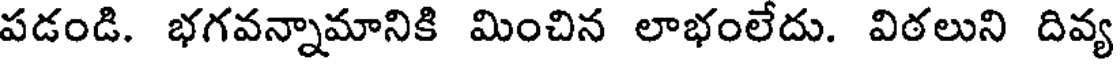
పడండి. భగవన్నామానికి మించిన లాభంలేదు. విఠలుని దివ్య